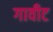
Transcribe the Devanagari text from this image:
गावीट